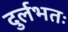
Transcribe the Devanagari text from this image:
दुर्लभतः